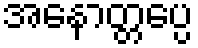
အနောတ္တပ္ပေ